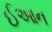
ઈઆન